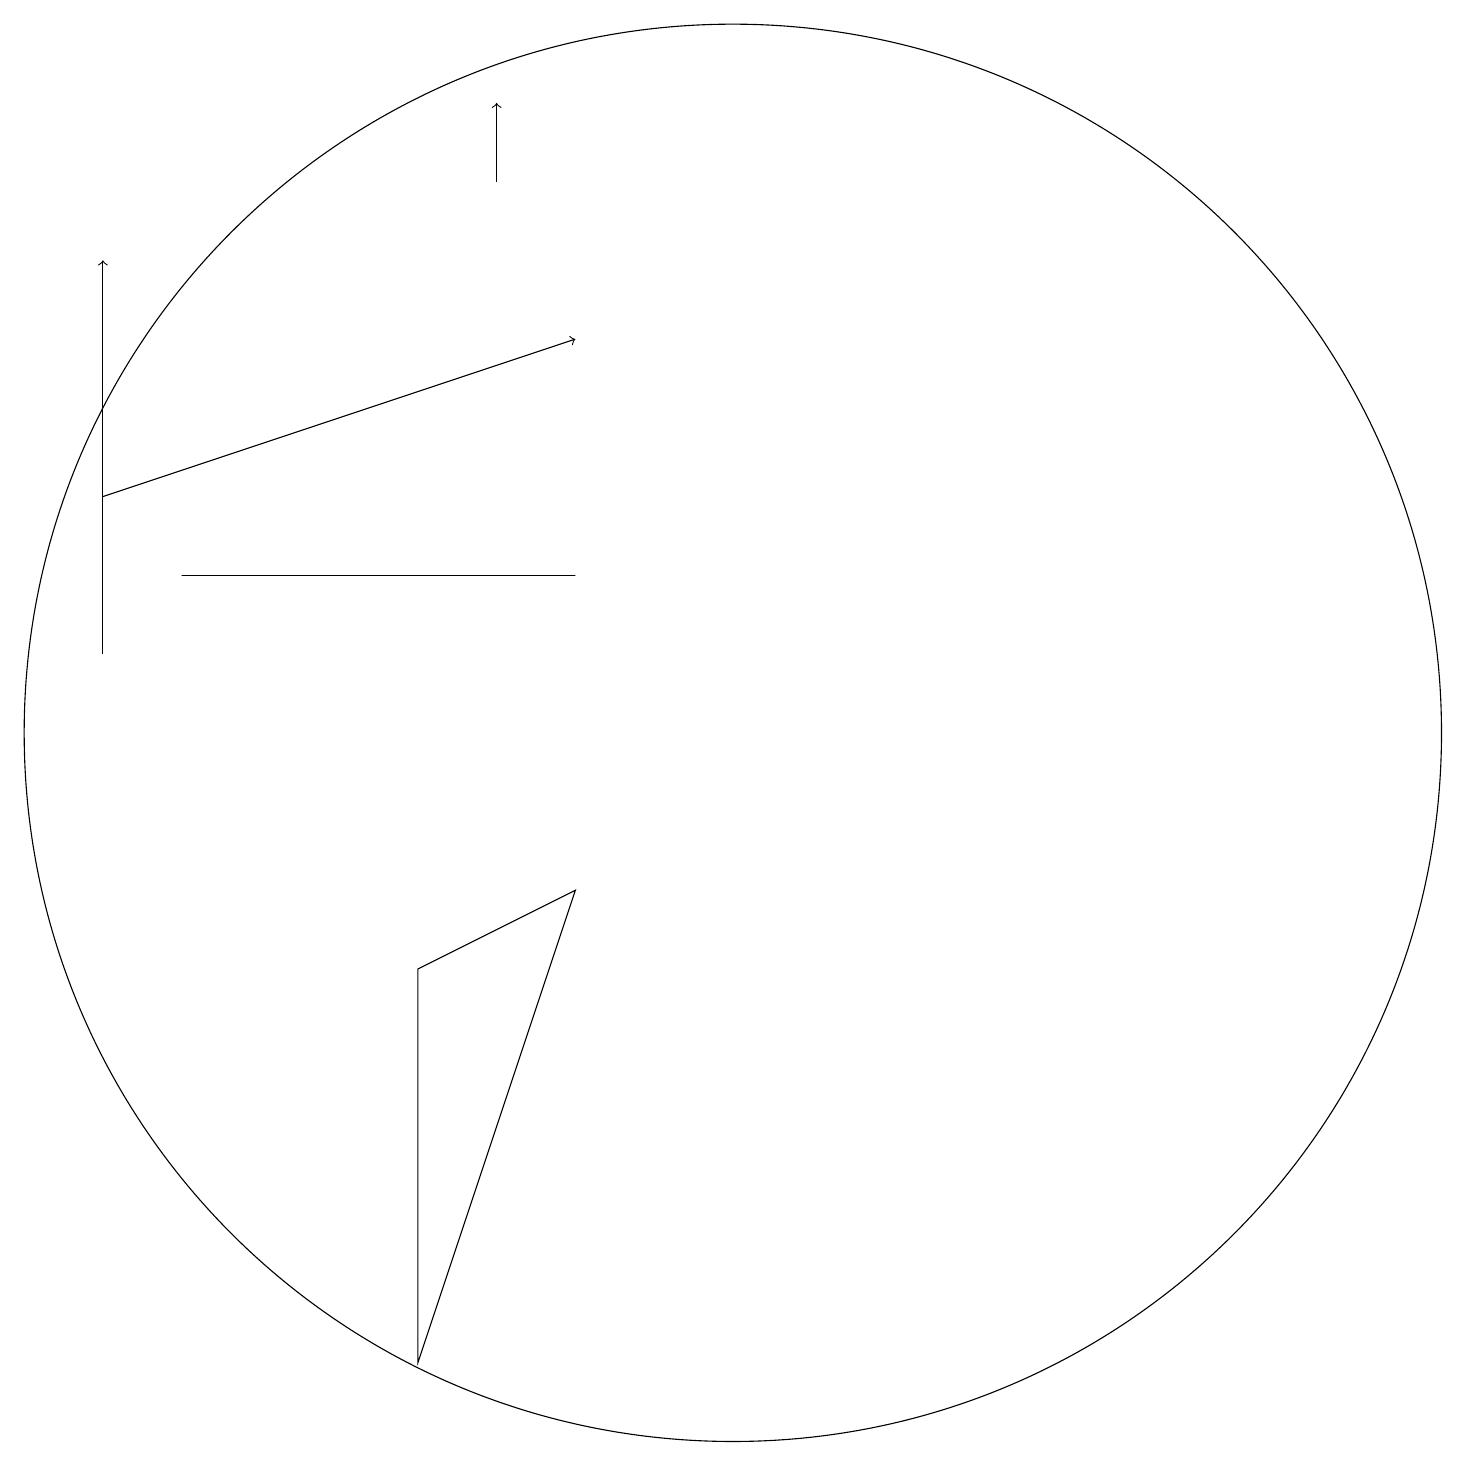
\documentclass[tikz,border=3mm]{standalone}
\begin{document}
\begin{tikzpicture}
\draw (7,8) -- (7,3) -- (9,9) -- cycle;
\draw[->] (3,14) -- (9,16);
\draw[->] (3,12) -- (3,17);
\draw (9,13) rectangle (4,13);
\draw (11,11) circle (9);
\draw[->] (8,18) -- (8,19);
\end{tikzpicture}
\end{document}